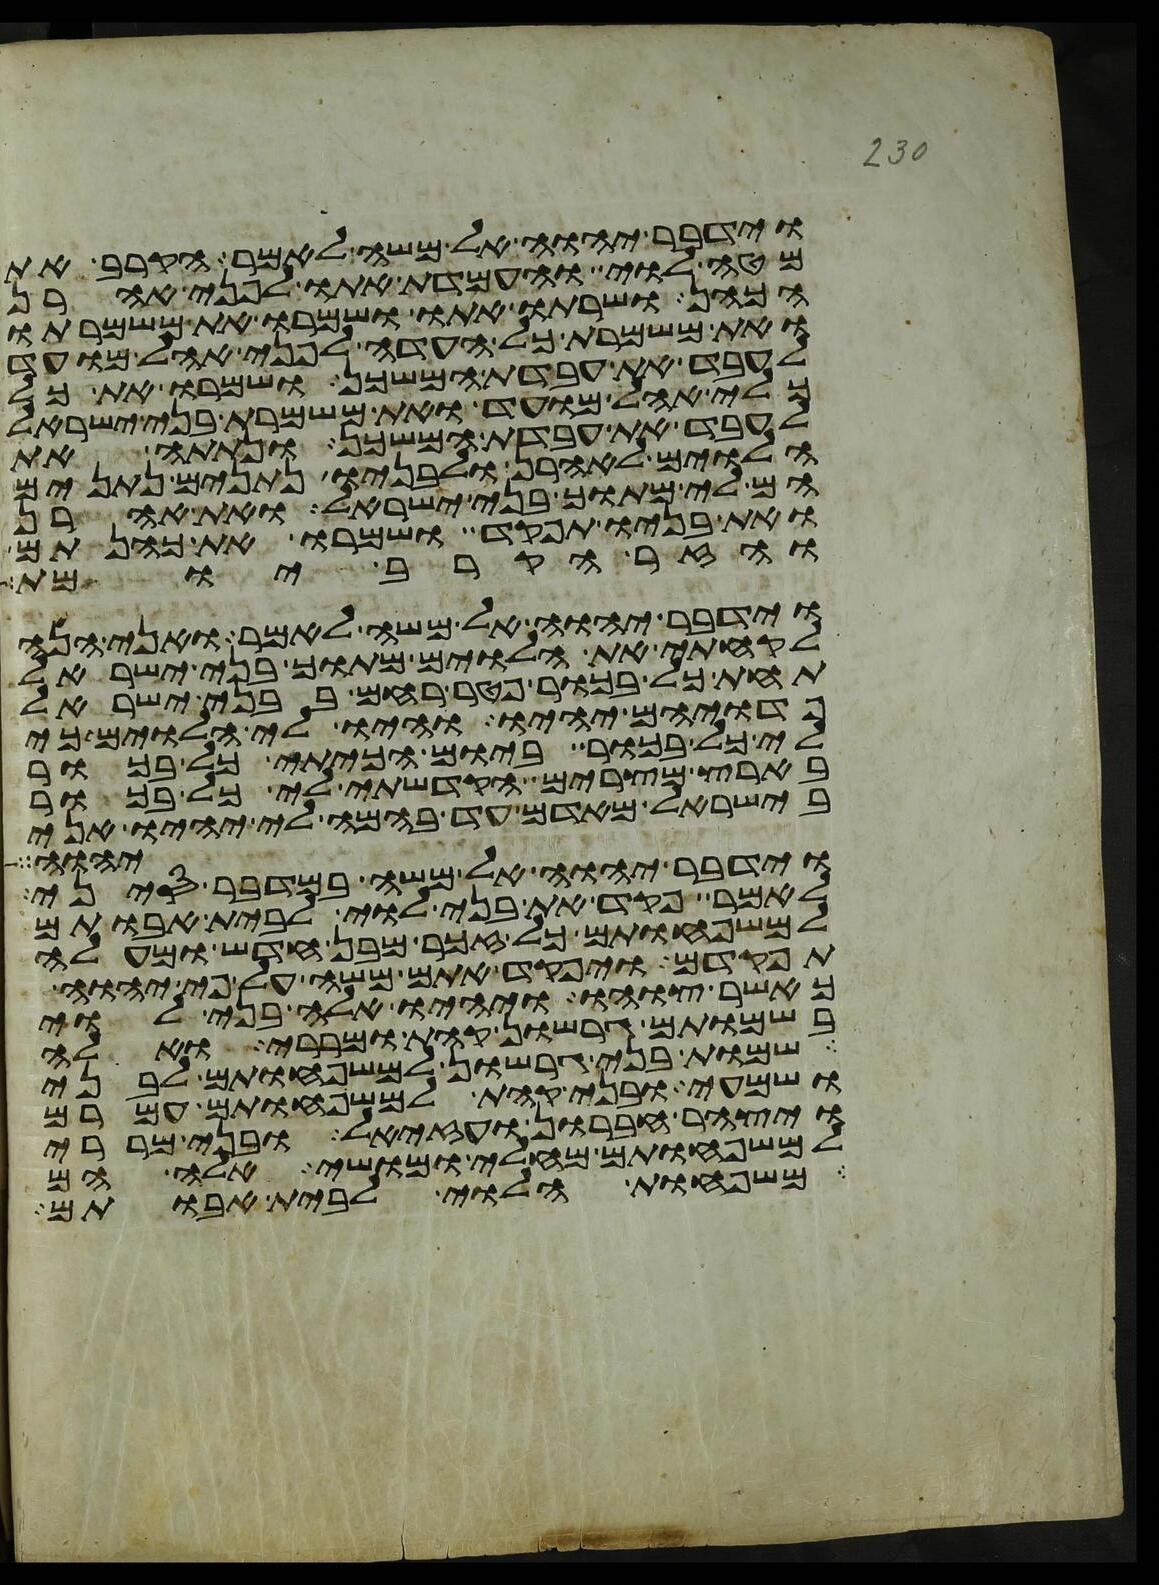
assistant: וידבר יהוה אל משה לאמר הקרב את
מטה לוי והעמדת אתו לפני אהרן
הכהן ושרתו אתו ושמרו את משמרתו
ואת משמרת כל העדה לפני אהל מועד
לעבד את עבדת המשכן ושמרו את כל
כלי אהל מועד ואת משמרת בני ישראל
לעבד את עבדת המשכן ונתתה את
הלוים לאהרן ולבניו נתנים נתנים
הם לי מתוך בני ישראל ואת אהרן
ואת בניו תפקד ושמרו את כהנתם
וידבר יהוה אל משה לאמר ואני הנה
לקחתי את הלוים מתוך בני ישראל
תחת כל בכור פטר רחם בבני ישראל
פדויהם יהיו והיו לי הלוים כי
לי כל בכור ביום הכיתי כל בכור
בארץ מצרים הקדשתי לי כל בכור
בישראל מאדם עד בהמה לי יהיו אני
יהוה
וידבר יהוה אל משה במדבר סיני
לאמר פקד את בני לוי לבית אבותם
למשפחותם כל זכר מבן חדש ומעלה
תפקדם ויפקד אתם משה על פי יהוה
כאשר צוהו ויהיו אלה בני לוי
בשמותם גרשון קהת ומררי ואלה
שמות בני גרשון למשפחותם לבני
ושמעי ובני קהת למשפחותם עמרם
ויצהר חברון ועזיאל ובני מררי
למשפחותם מחלי ומושי אלה הם
משפחות הלוי לבית אבותם